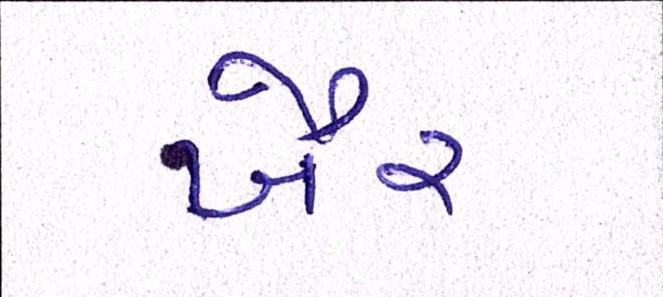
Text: ખૈર